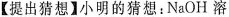
【提出猜想】小明的猜想：NaOH 溶